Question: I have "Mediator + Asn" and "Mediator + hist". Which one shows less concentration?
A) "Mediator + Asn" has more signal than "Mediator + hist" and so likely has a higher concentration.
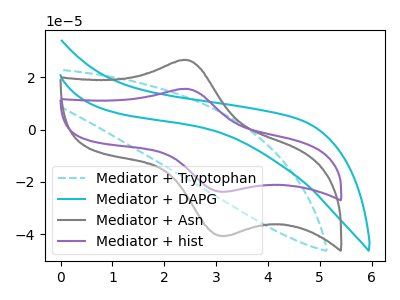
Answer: <think>The cyan dashed curve "Mediator + Tryptophan" has no peaks. The cyan curve "Mediator + DAPG" has no peaks. The gray curve "Mediator + Asn" has an anodic peak at (2.45V, 26.60uA) and a cathodic peak at (3.20V, -40.65uA). The purple curve "Mediator + hist" has an anodic peak at (2.45V, 15.50uA) and a cathodic peak at (3.20V, -23.75uA).
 All the peaks in "Mediator + Asn" have a peak in "Mediator + hist" at the same potential. Every peak in "Mediator + Asn" is higher than every peak in "Mediator + hist".</think>
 <answer>A) "Mediator + Asn" has more signal than "Mediator + hist" and so likely has a higher concentration.</answer>
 <eval>A</eval>